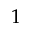
1